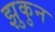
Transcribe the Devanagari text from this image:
झुकुन